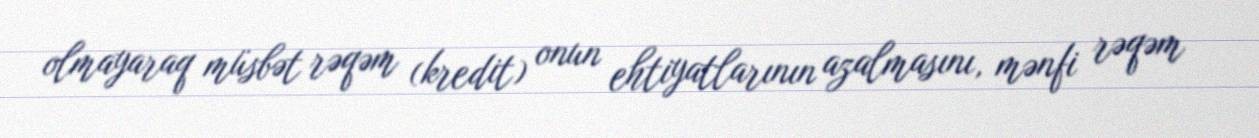
olmayaraq müsbət rəqəm (kredit) onun ehtiyatlarının azalmasını, mənfi rəqəm